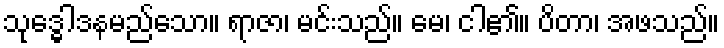
သုဒ္ဓေါဒနမည်သော။ ရာဇာ၊ မင်းသည်။ မေ၊ ငါ၏။ ပိတာ၊ အဖသည်။